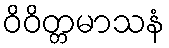
ဝိဝိတ္တမာသနံ